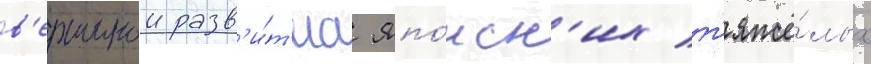
в'ершинои разв'и́т'иа япо́нск'их т'яжё́лых